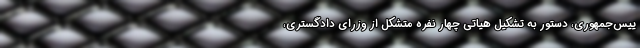
ییس‌جمهوری، دستور به تشکیل هیاتی چهار نفره متشکل از وزرای دادگستری،